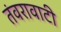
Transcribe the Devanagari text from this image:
तंवरावाटी